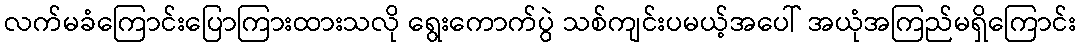
လက်မခံကြောင်းပြောကြားထားသလို ရွေးကောက်ပွဲ သစ်ကျင်းပမယ့်အပေါ် အယုံအကြည်မရှိကြောင်း